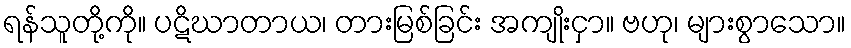
ရန်သူတို့ကို။ ပဋိဃာတာယ၊ တားမြစ်ခြင်း အကျိုးငှာ။ ဗဟု၊ များစွာသော။